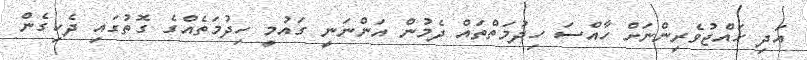
އަދި ހައްޖުވެރިންނަށް ހާއްސަ ހިދުމަތްތައް ދެމުން އަންނަނީ ގައުމީ ހިދުމަތެއްގެ ގޮތުގައި ދެކިގެން